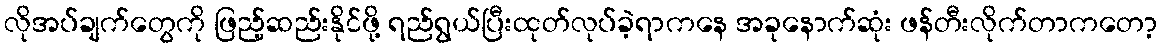
လိုအပ်ချက်တွေကို ဖြည့်ဆည်းနိုင်ဖို့ ရည်ရွယ်ပြီးထုတ်လုပ်ခဲ့ရာကနေ အခုနောက်ဆုံး ဖန်တီးလိုက်တာကတော့